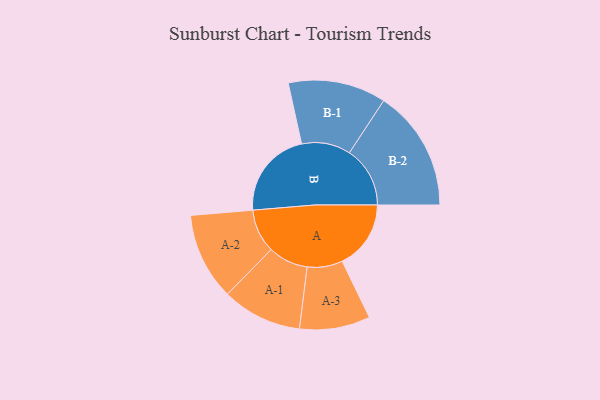
{"axis": {"x": "Segment", "y": "Value"}, "legend": ["", "A", "B"], "data": [{"x": "A", "y": 282, "type": ""}, {"x": "B", "y": 362, "type": ""}, {"x": "A-1", "y": 164, "type": "A"}, {"x": "A-2", "y": 179, "type": "A"}, {"x": "A-3", "y": 145, "type": "A"}, {"x": "B-1", "y": 201, "type": "B"}, {"x": "B-2", "y": 249, "type": "B"}]}